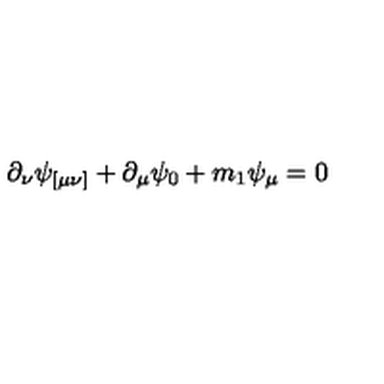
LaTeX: \partial _ { \nu } \psi _ { [ \mu \nu ] } + \partial _ { \mu } \psi _ { 0 } + m _ { 1 } \psi _ { \mu } = 0